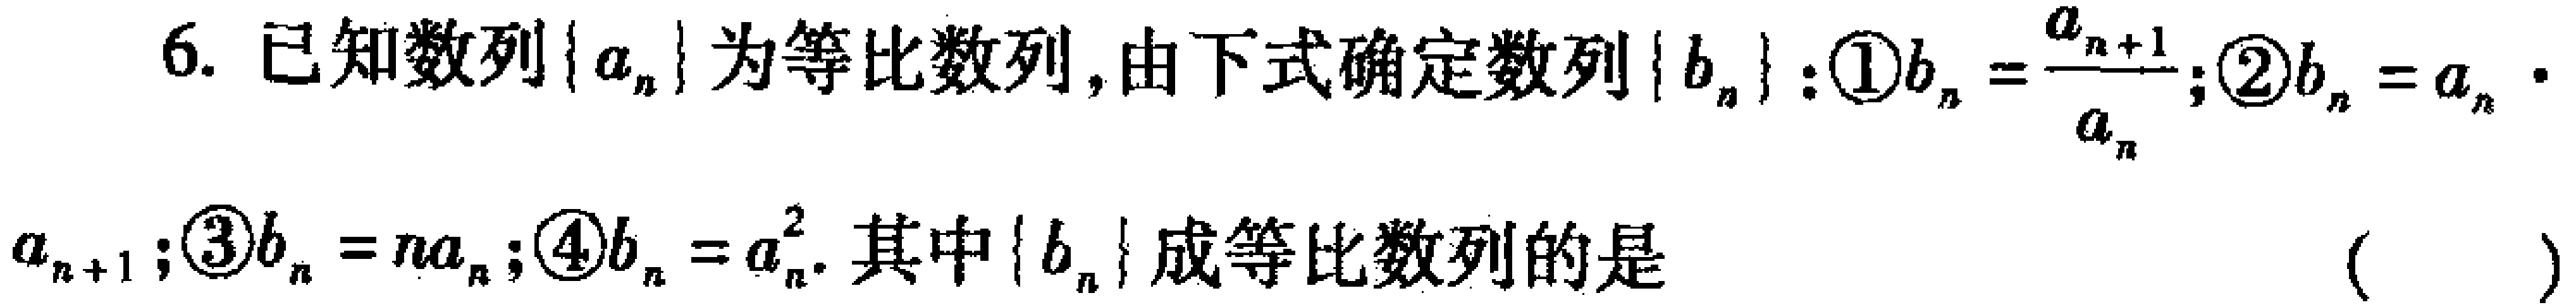
6. 已知数列\(\{ a_{n}\}\)为等比数列, 由下式确定数列\(\{ b_{n}\}\): \textcircled{1}\(b_{n}=\frac{a_{n + 1}}{a_{n}}\); \textcircled{2}\(b_{n}=a_{n}\cdot a_{n + 1}\); \textcircled{3}\(b_{n}=na_{n}\); \textcircled{4}\(b_{n}=a_{n}^{2}\). 其中\(\{ b_{n}\}\)成等比数列的是 （  ）